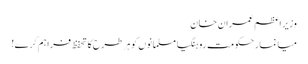
وزیر اعظم عمران خان
میانمار حکومت روہنگیا مسلمانوں کو ہر طرح کا تحفظ فراہم کرے!